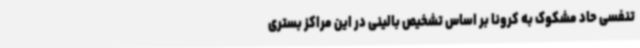
تنفسی حاد مشکوک به کرونا بر اساس تشخیص بالینی در این مراکز بستری